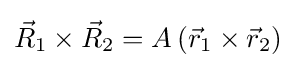
{\vec {R}}_{1}\times {\vec {R}}_{2}=A\left({\vec {r}}_{1}\times {\vec {r}}_{2}\right)